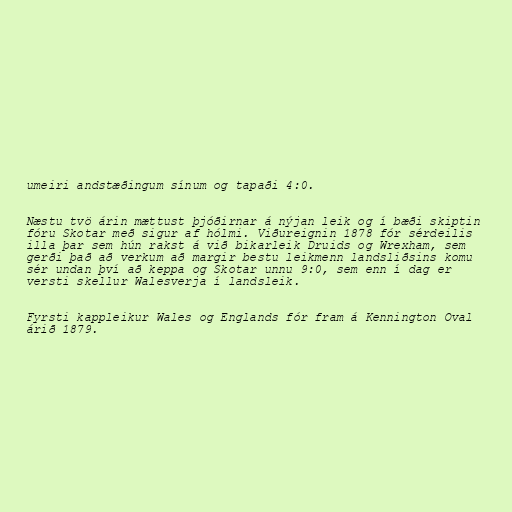
umeiri andstæðingum sínum og tapaði 4:0.

Næstu tvö árin mættust þjóðirnar á nýjan leik og í bæði skiptin
fóru Skotar með sigur af hólmi. Viðureignin 1878 fór sérdeilis
illa þar sem hún rakst á við bikarleik Druids og Wrexham, sem
gerði það að verkum að margir bestu leikmenn landsliðsins komu
sér undan því að keppa og Skotar unnu 9:0, sem enn í dag er
versti skellur Walesverja í landsleik.

Fyrsti kappleikur Wales og Englands fór fram á Kennington Oval
árið 1879.